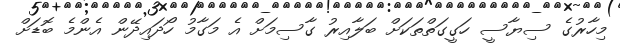
މިހާރުގެ ސިޔާސީ ހަގީގަތްތަކަށް ބަލާއިރު ގާސިމަށް އެ މަގާމު ހޯދައިދޭން އެންމެ ބޮޑަށް